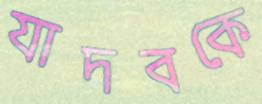
যাদবকে